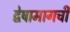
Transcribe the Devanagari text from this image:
द्वेषामागची